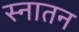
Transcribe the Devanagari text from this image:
स्नातन